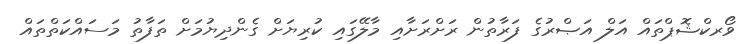
ވޯރކްޝޮޕްތައް އަލް އަޞްރުގެ ފަރާތުން ރަށްރަށާއި މާލޭގައި ކުރިޔަށް ގެންދިޔުމަށް ތަފާތު މަސައްކަތްތައް